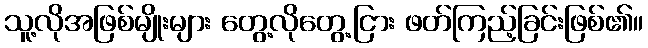
သူ့လိုအဖြစ်မျိုးများ တွေ့လိုတွေ့ငြား ဖတ်ကြည့်ခြင်းဖြစ်၏။